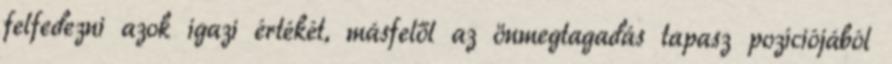
felfedezni azok igazi értékét, másfelől az önmegtagadás tapasz pozíciójából